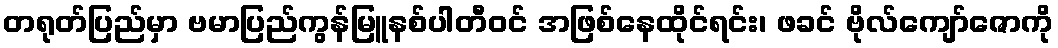
တရုတ်ပြည်မှာ ဗမာပြည်ကွန်မြူနစ်ပါတီဝင် အဖြစ်နေထိုင်ရင်း၊ ဖခင် ဗိုလ်ကျော်ဇောကို